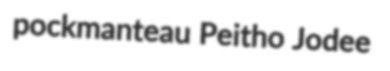
pockmanteau Peitho Jodee